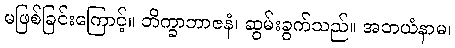
မဖြစ်ခြင်းကြောင့်။ ဘိက္ခာဘာဇနံ၊ ဆွမ်းခွက်သည်။ အဘယံနာမ၊